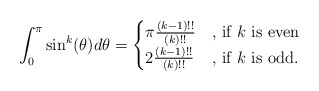
\begin{align*}\int_{0}^{\pi}\sin^{k}(\theta)d\theta=\begin{cases}\pi\frac{(k-1)!!}{(k)!!}&\mbox{, if $k$ is even}\\2\frac{(k-1)!!}{(k)!!}&\mbox{, if $k$ is odd.}\end{cases}\end{align*}